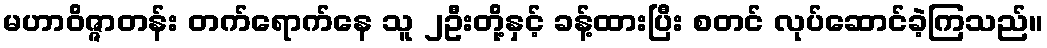
မဟာဝိဇ္ဇာတန်း တက်ရောက်နေ သူ ၂ဦးတို့နှင့် ခန့်ထားပြီး စတင် လုပ်ဆောင်ခဲ့ကြသည်။